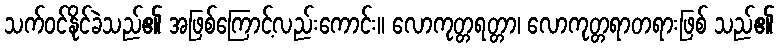
သက်ဝင်နိုင်ခဲသည်၏ အဖြစ်ကြောင့်လည်းကောင်း။ လောကုတ္တရတ္တာ၊ လောကုတ္တရာတရားဖြစ် သည်၏